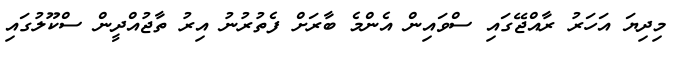
މިދިޔަ އަހަރު ރާއްޖޭގައި ސްވައިން އެންމެ ބާރަށް ފެތުރުނު އިރު ތާޖުއްދީން ސްކޫލުގައި